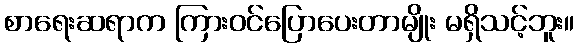
စာရေးဆရာက ကြားဝင်ပြောပေးတာမျိုး မရှိသင့်ဘူး။